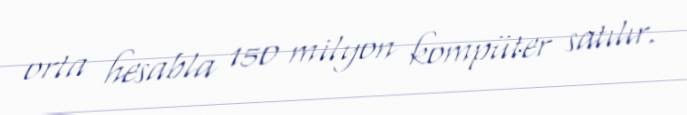
orta hesabla 150 milyon kompüter satılır.